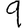
Digit: 9